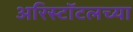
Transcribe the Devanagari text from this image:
अरिस्टॉटलच्या